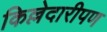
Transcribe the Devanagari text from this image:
किल्लेदारीपण